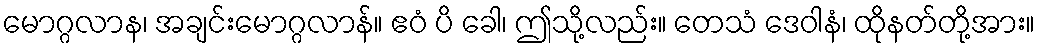
မောဂ္ဂလာန၊ အချင်းမောဂ္ဂလာန်။ ဧဝံ ပိ ခေါ၊ ဤသို့လည်း။ တေသံ ဒေဝါနံ၊ ထိုနတ်တို့အား။